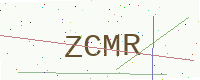
Text: ZCMR